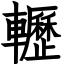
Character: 轣